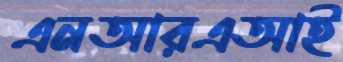
এনআরএআই